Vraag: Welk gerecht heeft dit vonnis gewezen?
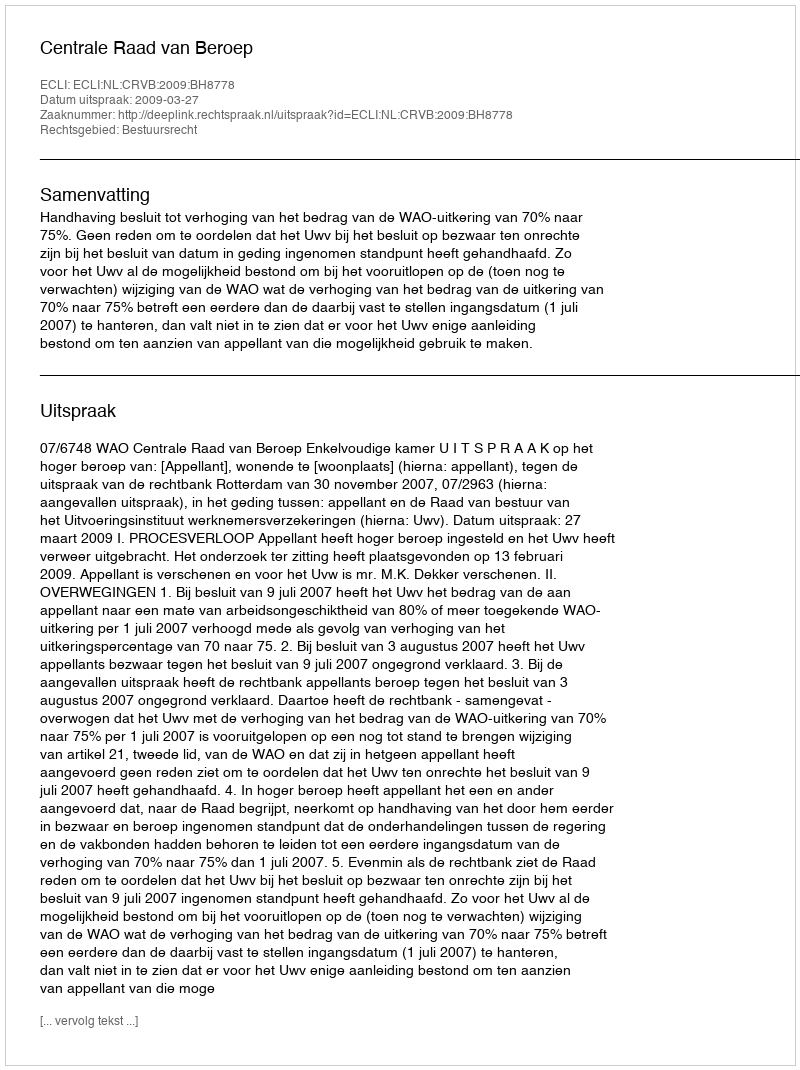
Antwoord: Centrale Raad van Beroep